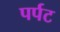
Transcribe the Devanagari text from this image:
पर्पट